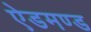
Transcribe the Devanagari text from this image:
ऐडमण्ड